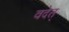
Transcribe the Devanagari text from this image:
वदेत्